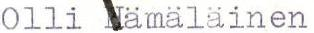
Olli Hämäläinen